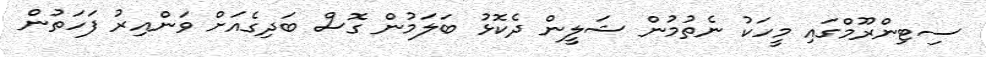
ސިޓިންރޫމްގައި މީހަކު ނެތުމުން ޝަލީން ދެކޮޅު ބަލަމުން ގޮސް ބަދިގެއަށް ވަންއިރު ފަހަތުން